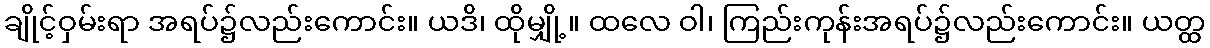
ချိုင့်ဝှမ်းရာ အရပ်၌လည်းကောင်း။ ယဒိ၊ ထိုမျှို့။ ထလေ ဝါ၊ ကြည်းကုန်းအရပ်၌လည်းကောင်း။ ယတ္ထ